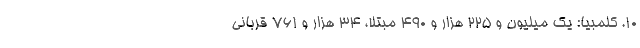
۱۰. کلمبیا: یک میلیون و ۲۲۵ هزار و ۴۹۰ مبتلا، ۳۴ هزار و ۷۶۱ قربانی